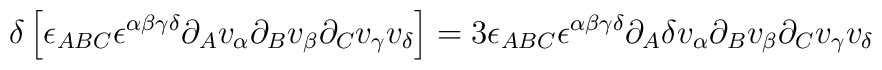
\delta\left[\epsilon_{ABC}\epsilon^{\alpha\beta\gamma\delta}\partial_Av_\alpha\partial_Bv_\beta\partial_Cv_\gamma v_\delta\right]=3\epsilon_{ABC}\epsilon^{\alpha\beta\gamma\delta}\partial_A\delta v_\alpha\partial_Bv_\beta\partial_Cv_\gamma v_\delta